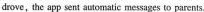
druve,the app sent antomatic messages to parents